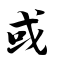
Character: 或